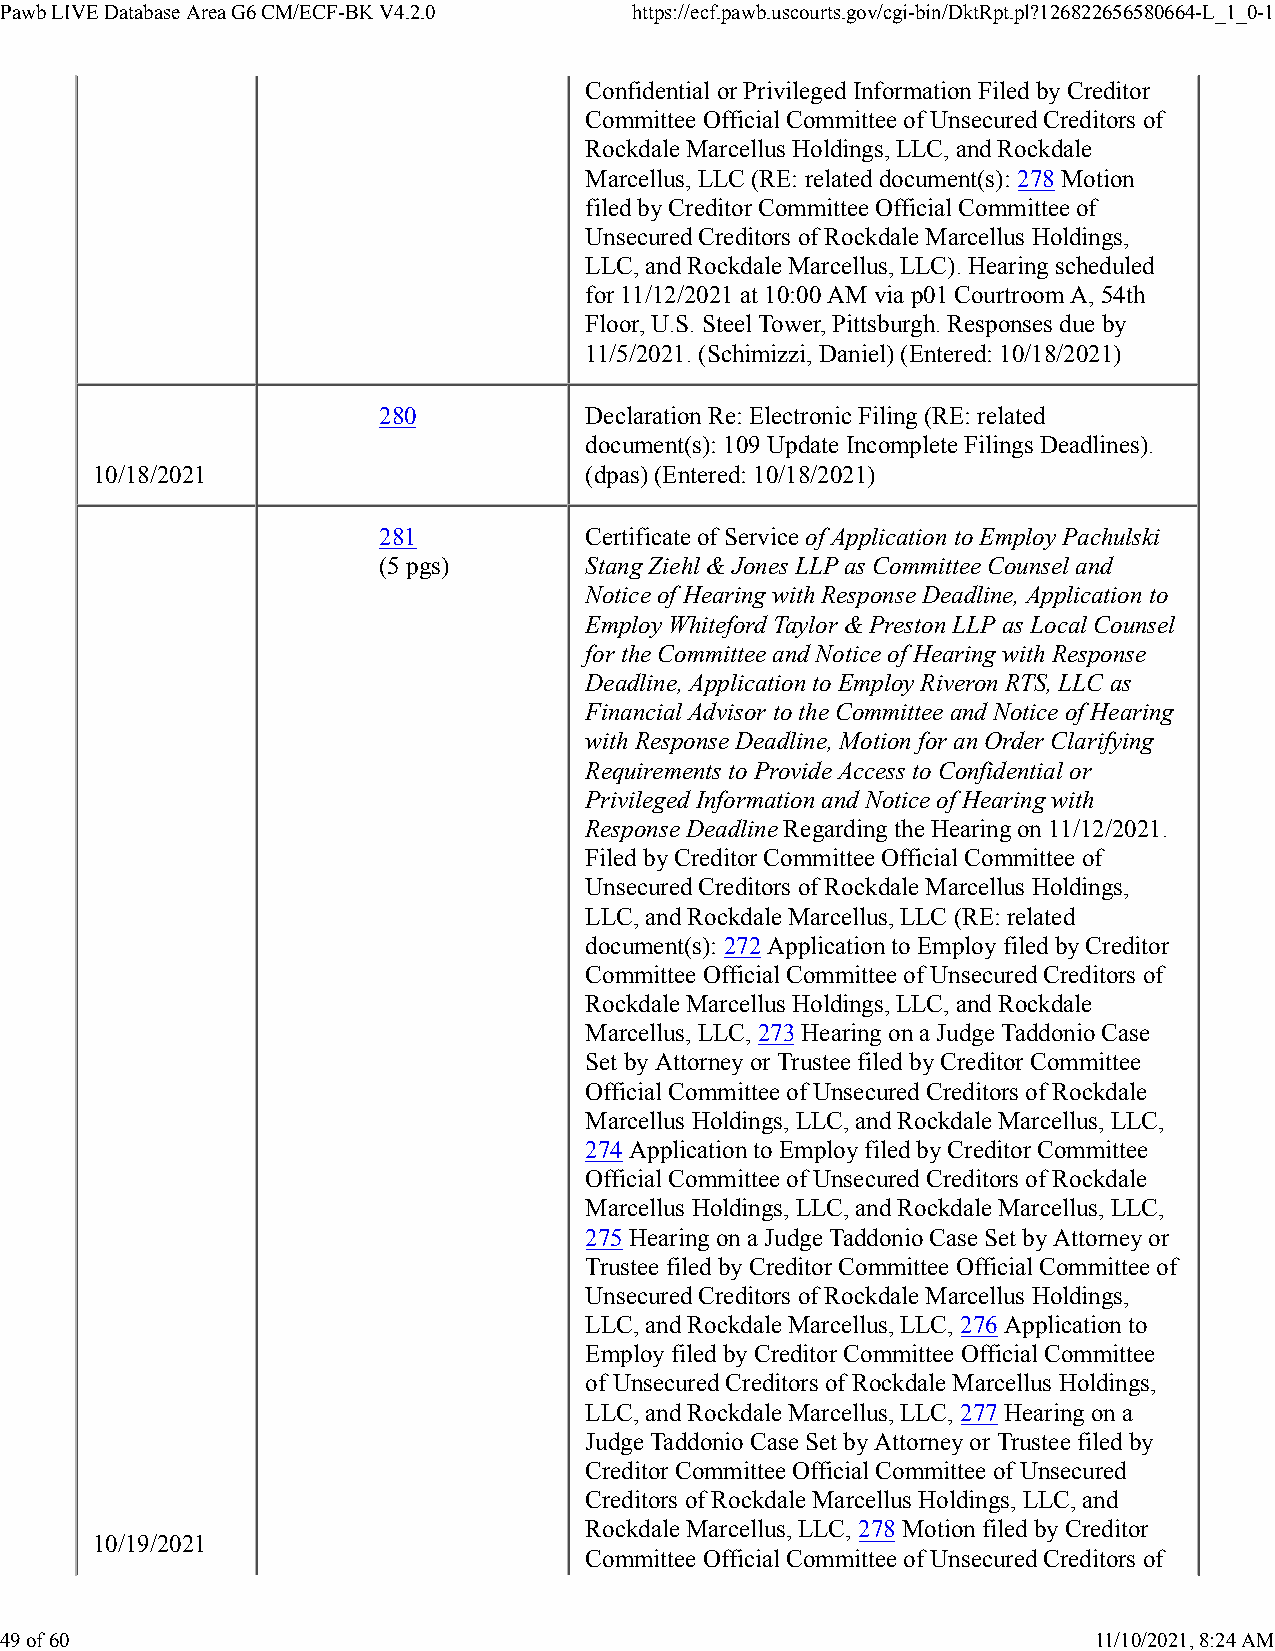
Pawb LIVE Database Area G6 CM/ECF-BK V4.2.0 https://ecf.pawb.uscourts.gov/cgi-bin/DktRpt.pl?126822656580664-L_1_0-1
 Confidential or Privileged Information Filed by Creditor
 Committee Official Committee of Unsecured Creditors of
 Rockdale Marcellus Holdings, LLC, and Rockdale
 Marcellus, LLC (RE: related document(s): 278 Motion
 filed by Creditor Committee Official Committee of
 Unsecured Creditors of Rockdale Marcellus Holdings,
 LLC, and Rockdale Marcellus, LLC). Hearing scheduled
 for 11/12/2021 at 10:00 AM via p01 Courtroom A, 54th
 Floor, U.S. Steel Tower, Pittsburgh. Responses due by
 11/5/2021. (Schimizzi, Daniel) (Entered: 10/18/2021)
 280           Declaration Re: Electronic Filing (RE: related
 document(s): 109 Update Incomplete Filings Deadlines).
 10/18/2021                       (dpas) (Entered: 10/18/2021)
 281           Certificate of Service of Application to Employ Pachulski
 (5 pgs)       Stang Ziehl & Jones LLP as Committee Counsel and
 Notice of Hearing with Response Deadline, Application to
 Employ Whiteford Taylor & Preston LLP as Local Counsel
 for the Committee and Notice of Hearing with Response
 Deadline, Application to Employ Riveron RTS, LLC as
 Financial Advisor to the Committee and Notice of Hearing
 with Response Deadline, Motion for an Order Clarifying
 Requirements to Provide Access to Confidential or
 Privileged Information and Notice of Hearing with
 Response Deadline Regarding the Hearing on 11/12/2021.
 Filed by Creditor Committee Official Committee of
 Unsecured Creditors of Rockdale Marcellus Holdings,
 LLC, and Rockdale Marcellus, LLC (RE: related
 document(s): 272 Application to Employ filed by Creditor
 Committee Official Committee of Unsecured Creditors of
 Rockdale Marcellus Holdings, LLC, and Rockdale
 Marcellus, LLC, 273 Hearing on a Judge Taddonio Case
 Set by Attorney or Trustee filed by Creditor Committee
 Official Committee of Unsecured Creditors of Rockdale
 Marcellus Holdings, LLC, and Rockdale Marcellus, LLC,
 274 Application to Employ filed by Creditor Committee
 Official Committee of Unsecured Creditors of Rockdale
 Marcellus Holdings, LLC, and Rockdale Marcellus, LLC,
 275 Hearing on a Judge Taddonio Case Set by Attorney or
 Trustee filed by Creditor Committee Official Committee of
 Unsecured Creditors of Rockdale Marcellus Holdings,
 LLC, and Rockdale Marcellus, LLC, 276 Application to
 Employ filed by Creditor Committee Official Committee
 of Unsecured Creditors of Rockdale Marcellus Holdings,
 LLC, and Rockdale Marcellus, LLC, 277 Hearing on a
 Judge Taddonio Case Set by Attorney or Trustee filed by
 Creditor Committee Official Committee of Unsecured
 Creditors of Rockdale Marcellus Holdings, LLC, and
 Rockdale Marcellus, LLC, 278 Motion filed by Creditor
 10/19/2021
 Committee Official Committee of Unsecured Creditors of
 49 of 60                                                                11/10/2021, 8:24 AM